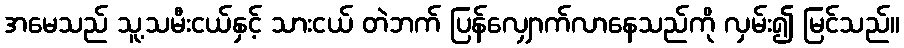
အမေသည် သူ့သမီးငယ်နှင့် သားငယ် တဲဘက် ပြန်လျှောက်လာနေသည်ကို လှမ်း၍ မြင်သည်။